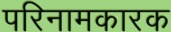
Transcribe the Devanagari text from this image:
परिनामकारक